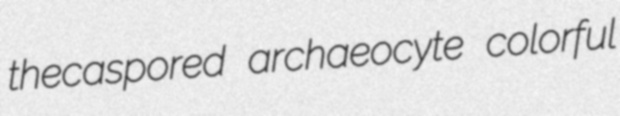
thecaspored archaeocyte colorful